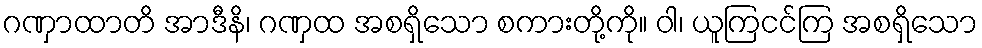
ဂဏှာထာတိ အာဒီနိ၊ ဂဏှထ အစရှိသော စကားတို့ကို။ ဝါ၊ ယူကြငင်ကြ အစရှိသော